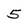
Character: 5